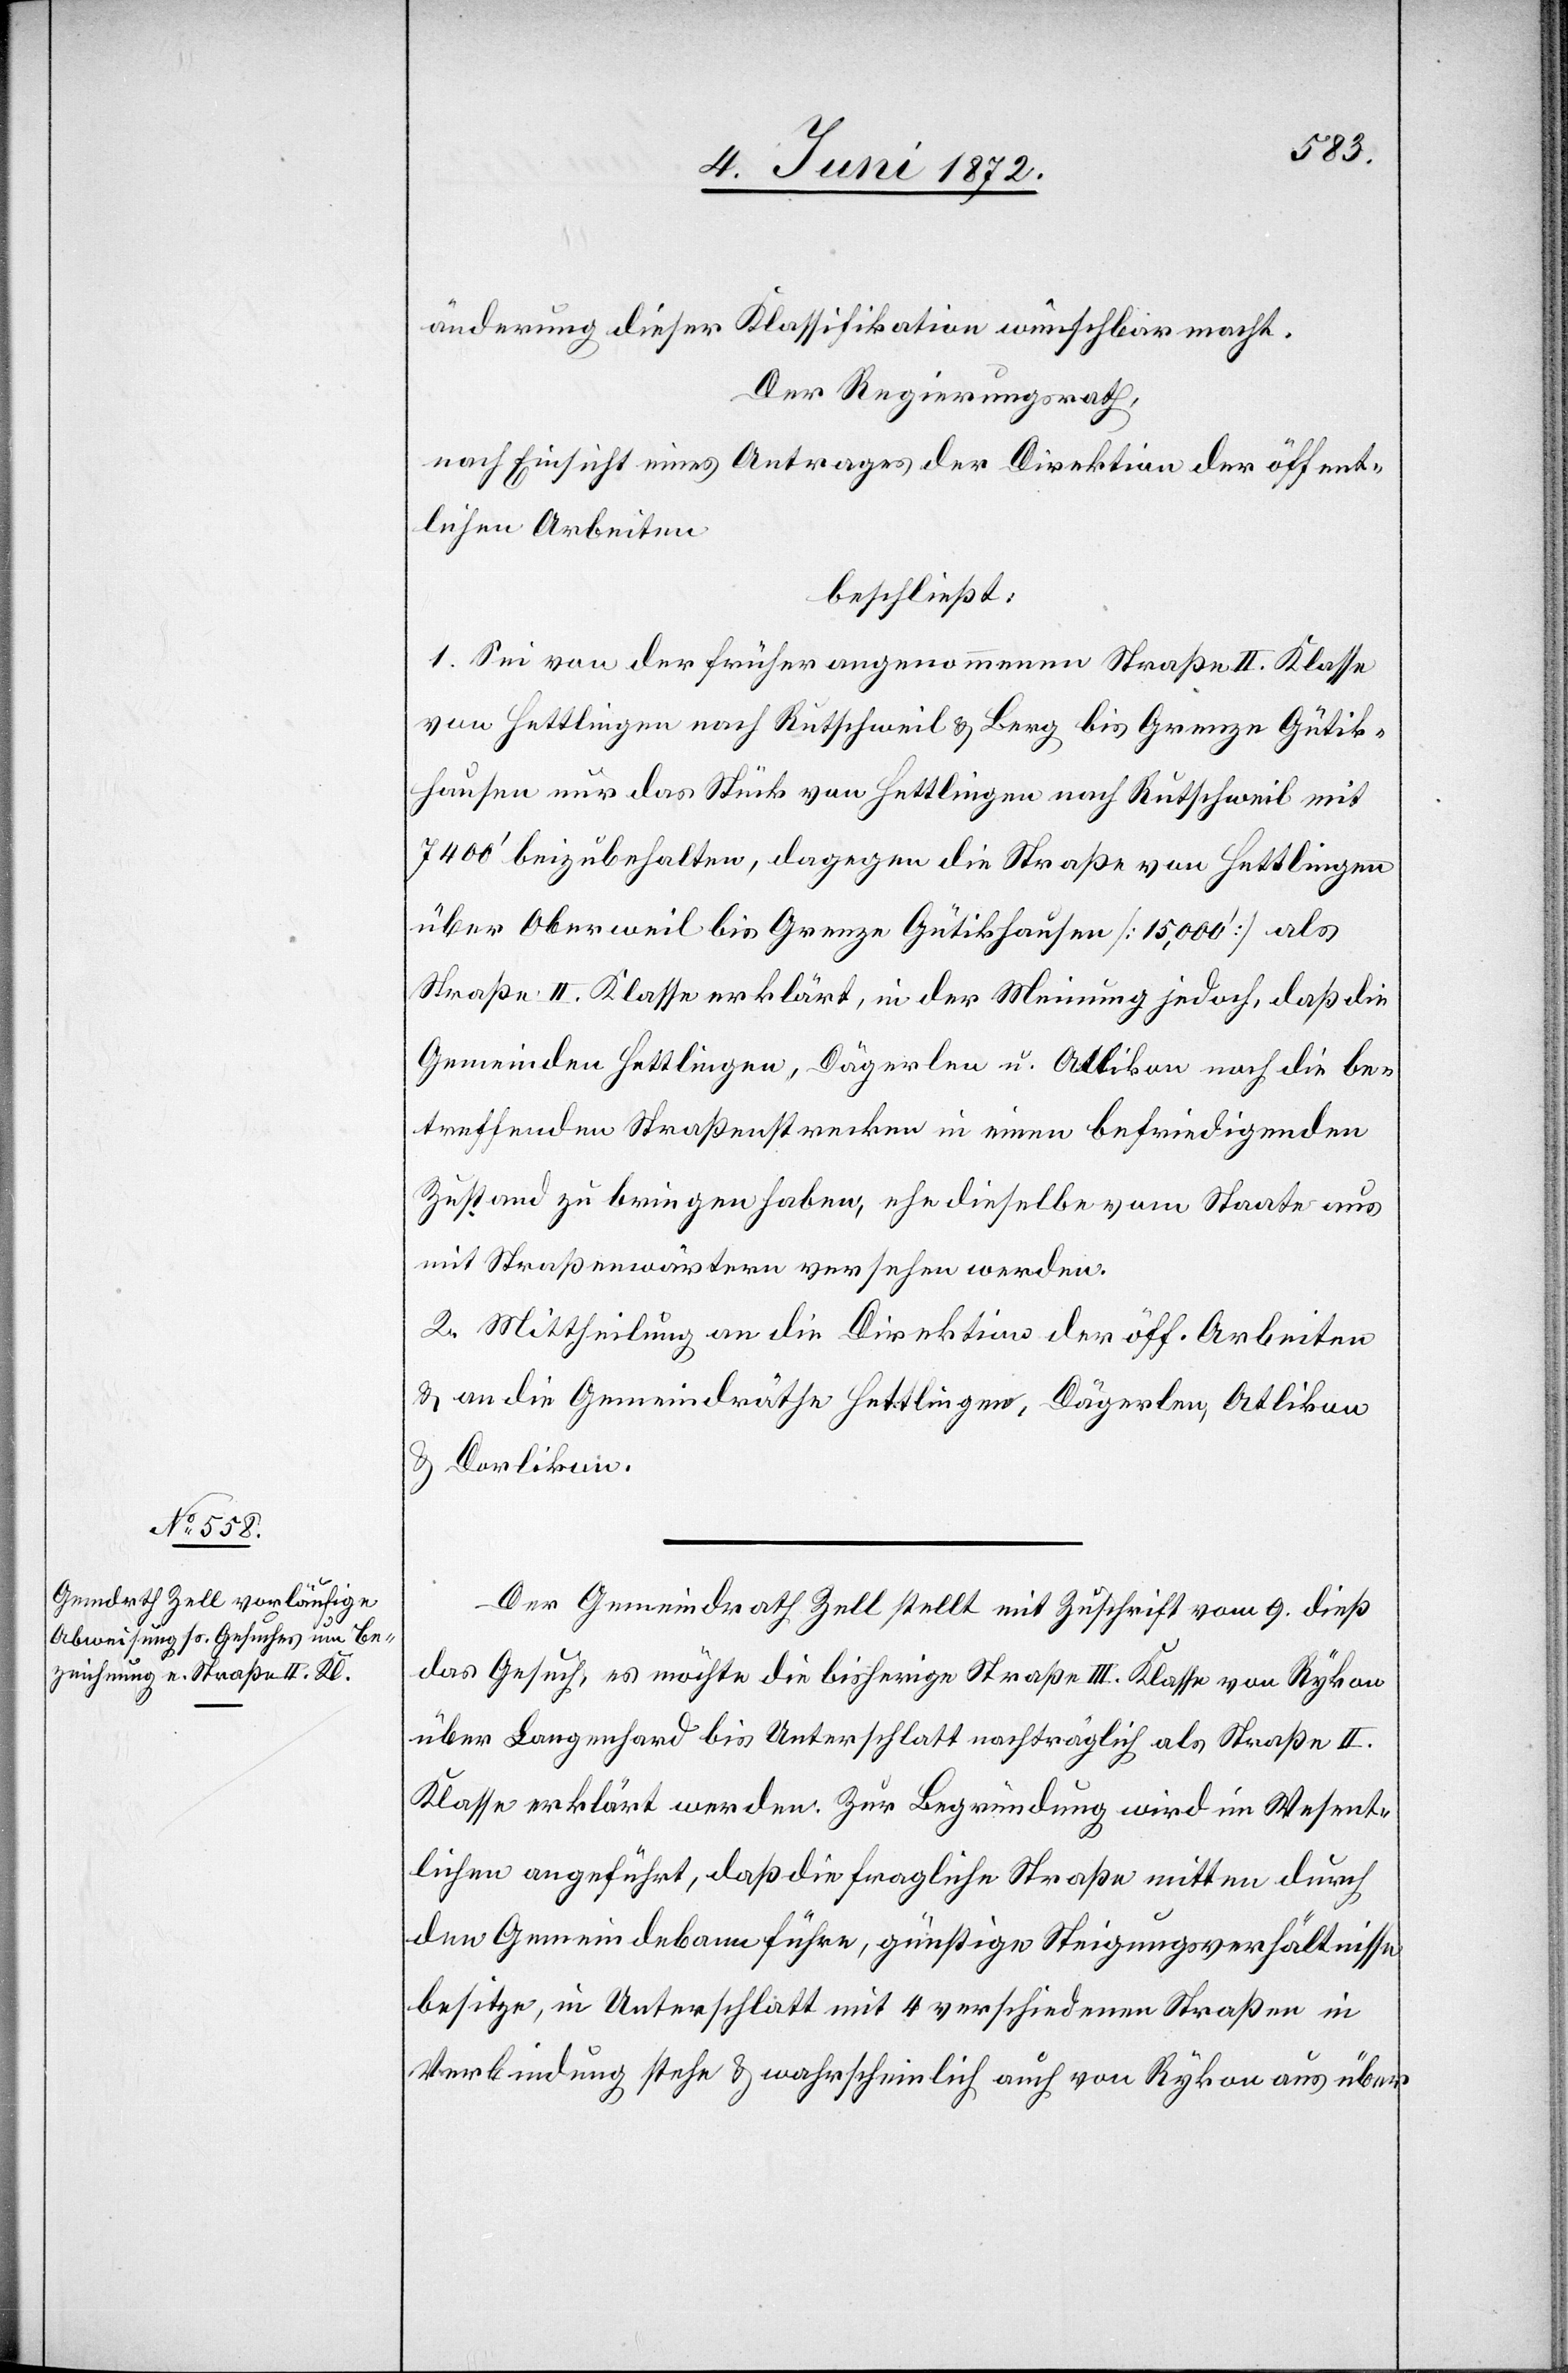
änderung dieser Klassifikation wünschbar macht.
Der Regierungsrath,
nach Einsicht eines Antrages der Direktion der öffent¬
lichen Arbeiten,
beschließt:
1. Sei von der früher angenommenen Straße II. Klasse
von Hettlingen nach Rutschweil u. Berg bis Grenze Gütik¬
hausen nur das Stück von Hettlingen nach Rutschweil mit
7400’ beizubehalten, dagegen die Straße von Hettlingen
über Oberweil bis Grenze Gütikhausen [15,000’] als
Straße II. Klasse erklärt, in der Meinung jedoch, daß die
Gemeinden Hettlingen, Dägerlen u. Atlikon [sic!] noch die be¬
treffenden Straßenstrecken in einem befriedigenden
Zustand zu bringen haben, ehe dieselbe vom Staate aus
mit Straßenwärtern versehen werden.
2. Mittheilung an die Direktion der öff. Arbeiten
u. an die Gemeindräthe Hettlingen, Dägerlen, Atlikon
u. Dorlikon.
Der Gemeindrath Zell stellt mit Zuschrift vom 9. dieß
das Gesuch, es möchte die bisherige Straße III. Klasse von Rykon
über Langenhard bis Unterschlatt nachträglich als Straße II.
Klasse erklärt werden. Zur Begründung wird im Wesent¬
lichen angeführt, daß die fragliche Straße mitten durch
den Gemeindebann führe, günstige Steigungsverhältnisse
besitze, in Unterschlatt mit 4 verschiedenen Straßen in
Verbindung stehe u. wahrscheinlich auch von Rykon aus über